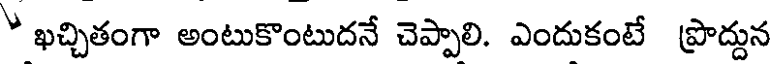
* ఖచ్చితంగా అంటుకొంటుదనే చెప్పాలి. ఎందుకంటే ప్రొద్దున